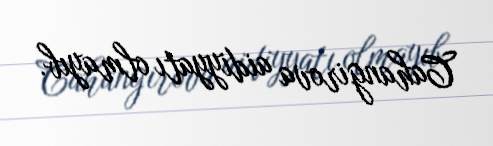
Cahangirova aidiyyatı olmayıb.